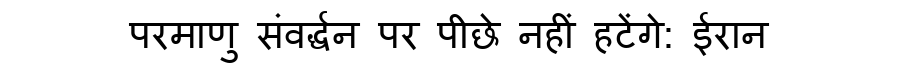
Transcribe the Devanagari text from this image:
परमाणु संवर्द्धन पर पीछे नहीं हटेंगे: ईरान